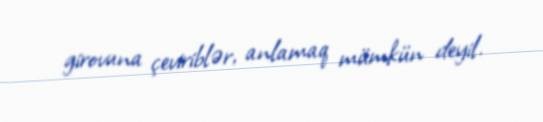
girovuna çeviriblər, anlamaq mümkün deyil.